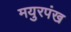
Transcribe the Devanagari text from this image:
मयुरपंख